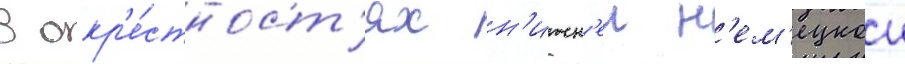
В окр'е́стност'ях н'ижн'еи н'ем'ецкои